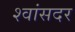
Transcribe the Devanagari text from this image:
श्वांसदर